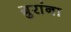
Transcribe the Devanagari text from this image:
ग्रुरांना